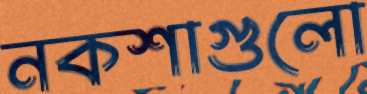
নকশাগুলো